Civil Veterinary Dept. Bombay admin report 1923-31 - 1923-1931
Year: 1923
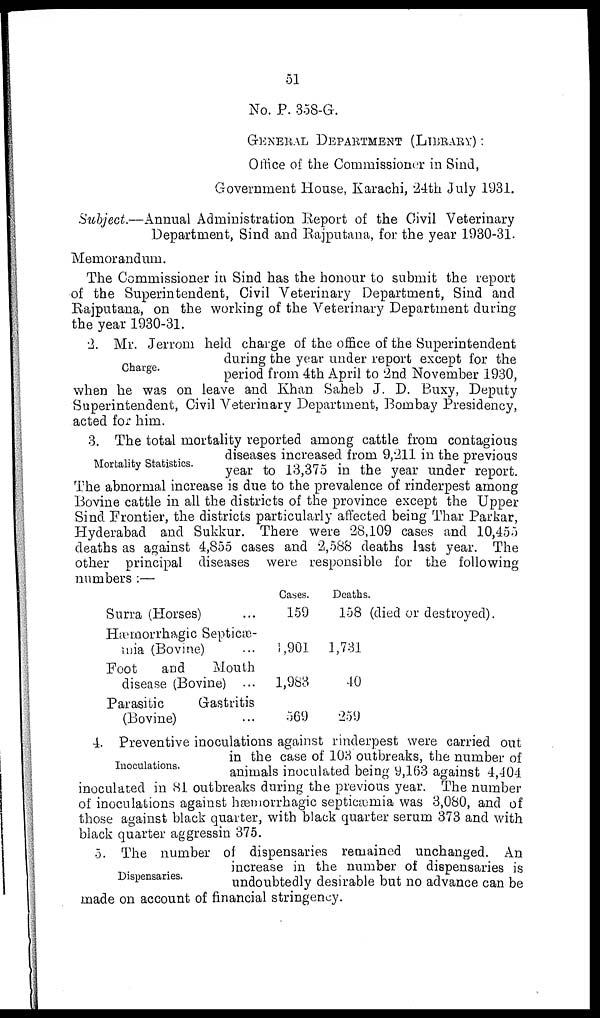
51
No. P. 358-G.
GENERAL DEPARTMENT (LIBRARY) :
Office of the Commissioner in Sind,
Government House, Karachi, 24th July 1931.
Subject.—Annual Administration Report of the Civil Veterinary
Department, Sind and Rajputana, for the year 1930-31.
Memorandum.
The Commissioner in Sind has the honour to submit the report
of the Superintendent, Civil Veterinary Department, Sind and
Rajputana, on the working of the Veterinary Department during
the year 1930-31.
Charge.
2. Mr. Jerrom held charge of the office of the Superintendent
during the year under report except for the
period from 4th April to 2nd November 1930,
when he was on leave and Khan Saheb J. D. Buxy, Deputy
Superintendent, Civil Veterinary Department, Bombay Presidency,
acted for him.
Mortality Statistics.
3. The total mortality reported among cattle from contagious
diseases increased from 9,211 in the previous
year to 13,375 in the year under report.
The abnormal increase is due to the prevalence of rinderpest among
Bovine cattle in all the districts of the province except the Upper
Sind. Frontier, the districts particularly affected being Thar Parkar,
Hyderabad and Sukkur. There were 28,109 cases and 10,455
deaths as against 4,855 cases and 2,588 deaths last year. The
other principal diseases were responsible for the following
numbers :—
Surra (Horses)
Hæmorrhagic Septicæ-
mia (Bovine) ...
Foot
and
Mouth
disease (Bovine) ...
Parasitic
Gastritis
(Bovine)
Cases.
159
1,901
1,983
569
Deaths.
158 (died or destroyed).
1,731
40
259
Inoculations.
4. Preventive inoculations against rinderpest were carried out
in the case of 103 outbreaks, the number of
animals inoculated being 9,163 against 4,404
inoculated in 81 outbreaks during the previous year. The number
of inoculations against hæmorrhagic septicæmia was 3,080, and of
those against black quarter, with black quarter serum 373 and with
black quarter aggressin 375.
Dispensaries.
5. The number of dispensaries remained unchanged. An
increase in the number of dispensaries is
undoubtedly desirable but no advance can be
made on account of financial stringency.